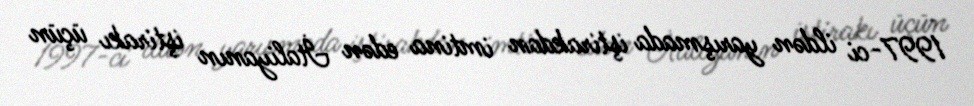
1997-ci ildən yarışmada iştirakdan imtina edən İtaliyanın iştirakı üçün